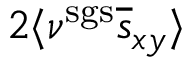
2 \langle \nu ^ { \mathrm { s g s } } \overline { { s } } _ { x y } \rangle